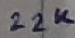
Text: 22K